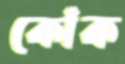
কোঁক